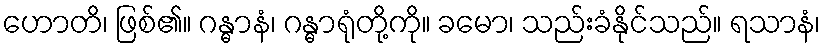
ဟောတိ၊ ဖြစ်၏။ ဂန္ဓာနံ၊ ဂန္ဓာရုံတို့ကို။ ခမော၊ သည်းခံနိုင်သည်။ ရသာနံ၊